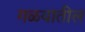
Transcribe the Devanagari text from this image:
गळयातील